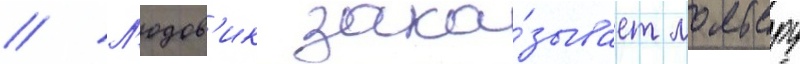
// Л'юдов'ик зака́зывает мольеру